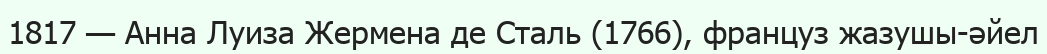
1817 — Анна Луиза Жермена де Сталь (1766), француз жазушы-әйел